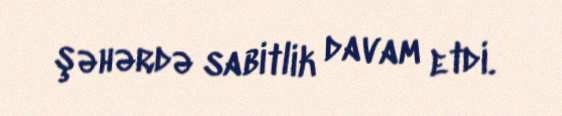
şəhərdə sabitlik davam etdi.